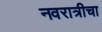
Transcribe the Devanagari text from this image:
नवरात्रीचा